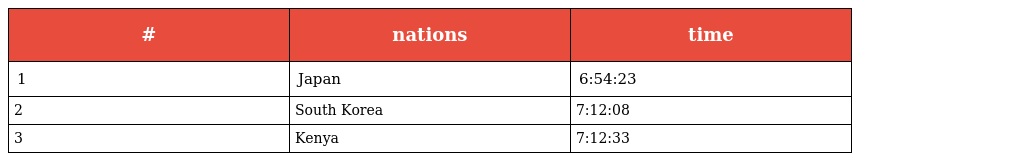
| # | nations | time |
 | --- | --- | --- |
 | 1 | Japan | 6:54:23 |
 | 2 | South Korea | 7:12:08 |
 | 3 | Kenya | 7:12:33 |